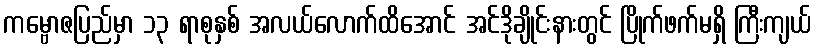
ကမ္ဗောဇပြည်မှာ ၁၃ ရာစုနှစ် အလယ်လောက်ထိအောင် အင်ဒိုချိုင်းနားတွင် ပြိုက်ဖက်မရှိ ကြီးကျယ်